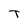
Character: T